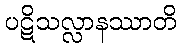
ပဋိသလ္လာနဿာတိ